Annual report of the Civil Veterinary Department, Bengal, for the year 1898-99 - 1898-1899
Year: 1898
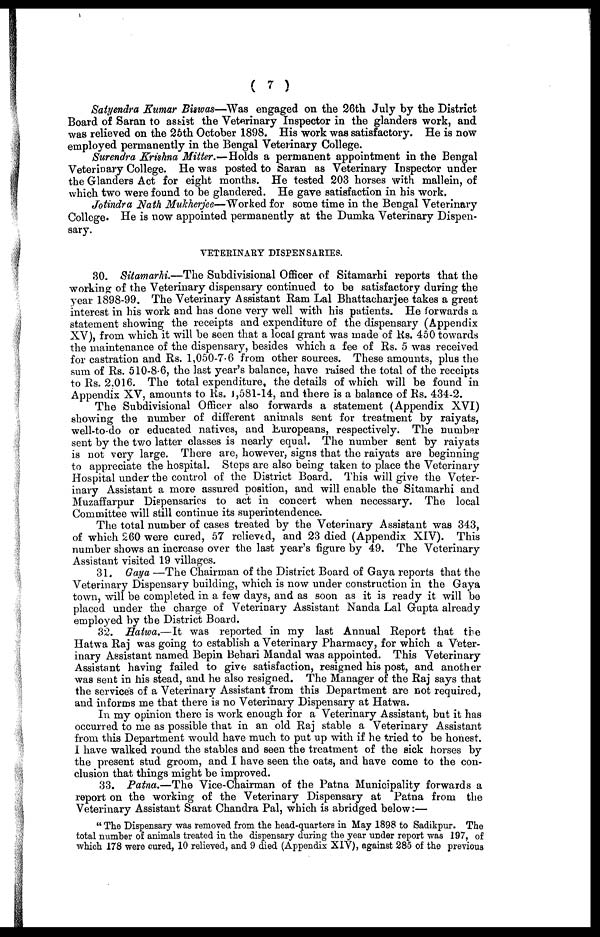
( 7 )
Satyendra Kumar Biswas—Was engaged on the 26th July by the District
Board of Saran to as assist the Veterinary Inspector in the glanders work, and
was relieved on the 26th October 1898. His work was satisfactory. He is now
employed permanently in the Bengal Veterinary College.
Surendra Krishna Mitter.—Holds a permanent appointment in the Bengal
Veterinary College. He was posted to Saran as Veterinary Inspector under
the Glanders Act for eight months. He tested 203 horses with mallein, of
which two were found to be glandered. He gave satisfaction in his work.
Jotindra Nath Mukherjee—Worked for some time in the Bengal Veterinary
College. He is now appointed permanently at the Dumka Veterinary Dispen-
sary.
VETERINARY DISPENSARIES.
30. Sitamarhi.—The Subdivisional Officer of Sitamarhi reports that the
working of the Veterinary dispensary continued to be satisfactory during the
year 1898-99. The Veterinary Assistant Ram Lal Bhattacharjee takes a great
interest in his work and has done very well with his patients. He forwards a
statement showing the receipts and expenditure of the dispensary (Appendix
XV), from which it will be seen that a local grant was made of Rs. 450 towards
the maintenance of the dispensary, besides which a fee of Rs. 5 was received
for castration and Rs. 1,050-7-6 from other sources. These amounts, plus the
sum of Rs. 510-8-6, the last year's balance, have raised the total of the receipts
to Rs. 2.016. The total expenditure, the details of which will be found in
Appendix XV, amounts to Rs. 1,581-14, and there is a balance of Rs. 434-2.
The Subdivisional Officer also forwards a statement (Appendix XVI)
showing the number of different animals sent for treatment by raiyats,
well-to-do or educated natives, and Europeans, respectively. The number
sent by the two latter classes is nearly equal. The number sent by raiyats
is not very large. There are, however, signs that the raiyats are beginning
to appreciate the hospital. Steps are also being taken to place the Veterinary
Hospital under the control of the District Board. This will give the Veter-
inary Assistant a more assured position, and will enable the Sitamarhi and
Muzaffarpur Dispensaries to act in concert when necessary. The local
Committee will still continue its superintendence.
The total number of cases treated by the Veterinary Assistant was 343,
of which 260 were cured, 57 relieved, and 23 died (Appendix XIV). This
number shows an increase over the last year's figure by 49. The Veterinary
Assistant visited 19 villages.
31. Gaya —The Chairman of the District Board of Gaya reports that the
Veterinary Dispensary building, which is now under construction in the Gaya
town, will be completed in a few days, and as soon as it is ready it will be
placed under the charge of Veterinary Assistant Nanda Lal Gupta already
employed by the District Board.
32. Hatwa.—It was reported in my last Annual Report that the
Hatwa Raj was going to establish a Veterinary Pharmacy, for which a Veter-
inary Assistant named Bepin Behari Mandal was appointed. This Veterinary
Assistant having failed to give satisfaction, resigned his post, and another
was sent in his stead, and he also resigned. The Manager of the Raj says that
the services of a Veterinary Assistant from this Department are not required,
and informs me that there is no Veterinary Dispensary at Hatwa.
In my opinion there is work enough for a Veterinary Assistant, but it has
occurred to me as possible that in an old Raj stable a Veterinary Assistant
from this Department would have much to put up with if he tried to be honest.
I have walked round the stables and seen the treatment of the sick horses by
the present stud groom, and I have seen the oats, and have come to the con-
clusion that things might be improved.
33. Patna.—The Vice-Chairman of the Patna Municipality forwards a
report on the working of the Veterinary Dispensary at Patna from the
Veterinary Assistant Sarat Chandra Pal, which is abridged below:—
" The Dispensary was removed from the head-quarters in May 1898 to Sadikpur. The
total number of animals treated in the dispensary during the year under report was 197, of
which 178 were cured, 10 relieved, and 9 died (Appendix XIV), against 285 of the previous